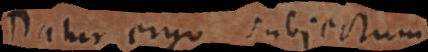
Datur ergo subjectum